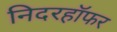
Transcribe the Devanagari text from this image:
निदरहॉफर